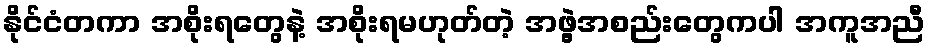
နိုင်ငံတကာ အစိုးရတွေနဲ့ အစိုးရမဟုတ်တဲ့ အဖွဲ့အစည်းတွေကပါ အကူအညီ